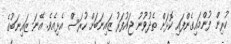
ކުރިން ފުންމައިގެންފައި ކޮޅަށް ތެދުވުނު ޖައުފަރު ޒައިނަބަށް ހުރަސް އެޅިއެވެ. އޭނަ ޒައިނަބުގެ